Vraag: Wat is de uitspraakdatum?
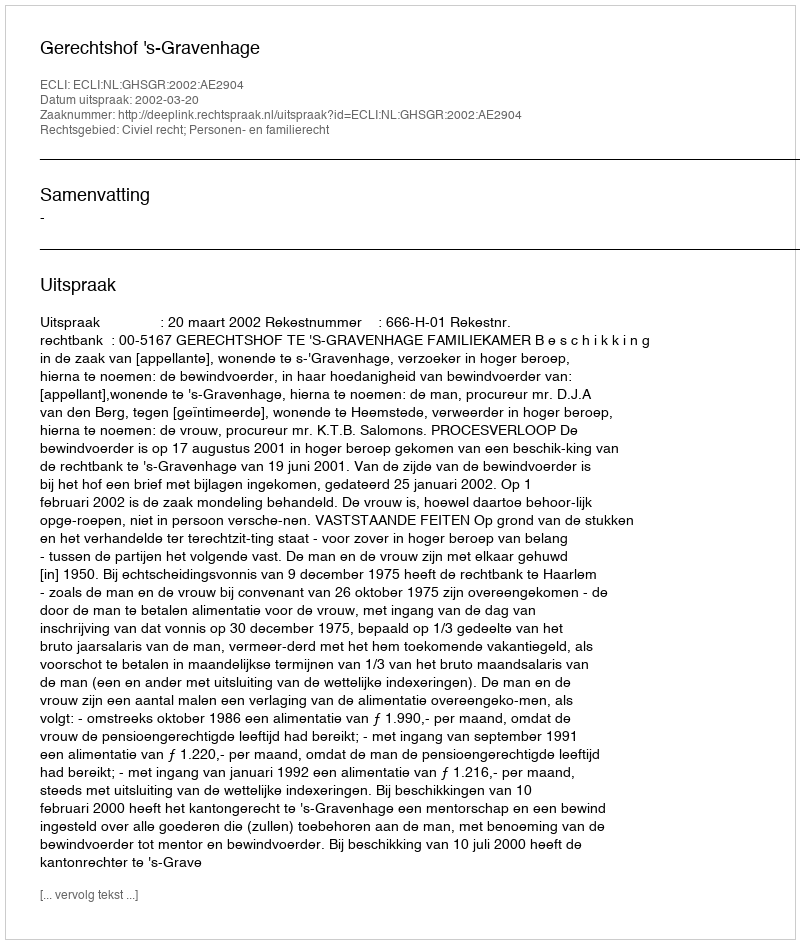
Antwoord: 2002-03-20